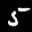
Label: 5